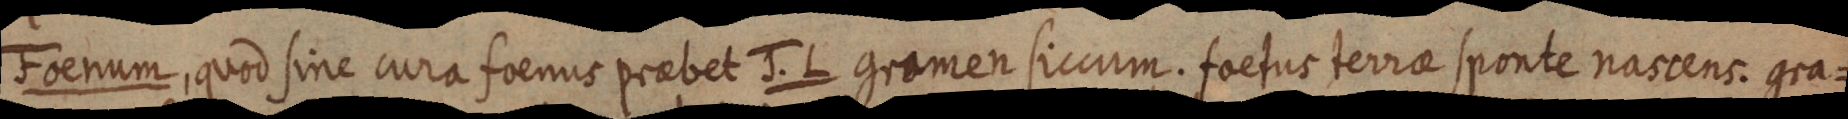
Foenum, quod sine cura foenus praebet J. L gramen siccum. foetus terrae sponte nascens. gra